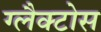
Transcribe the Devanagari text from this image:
ग्लैक्टोस